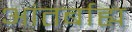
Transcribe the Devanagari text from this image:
आंतर्बाह्य